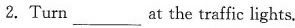
2. Turn___at the traffic lights.